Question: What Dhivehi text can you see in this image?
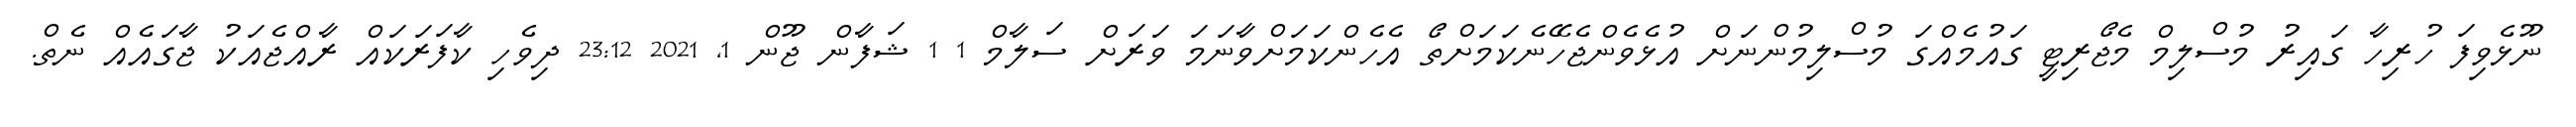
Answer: ނޫޅެވިފަ ހުރިހާ ގައިރު މުސްލިމް މެޖޯރިޓީ ގައުމެއްގަ މުސްލިމުންނަށް އުޅެވެންޖެހޭނެކަމަށްތޯ އެހެންކަމަށްވާނަމަ ވަރަށް ސަލާމް 1 1 ޝަފާން ޖޫން 1, 2021 23:12 ދިވެހި ކާފަރަކައް ރާއްޖެއަކު ޖާގައެއް ނެތް.